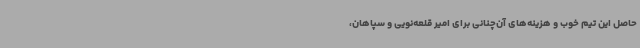
حاصل این تیم خوب و هزینه‌های آن‌چنانی برای امیر قلعه‌نویی و سپاهان،